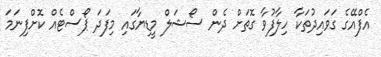
އެފްއޭގެ ގަވައިދުތަކާ ހިލާފުވާ ގޮތަށް ދެން ސޯޝަލް މީޑިޔާގައި މިފަދަ ޕޯސްޓެއް ކޮށްފިނަމަ